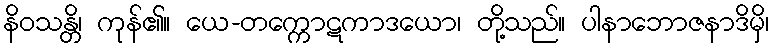
နိဝသန္တိ၊ ကုန်၏။ ယေ-တက္ကောဋကာဒယော၊ တို့သည်။ ပါနာဘောဇနာဒိမှိ၊